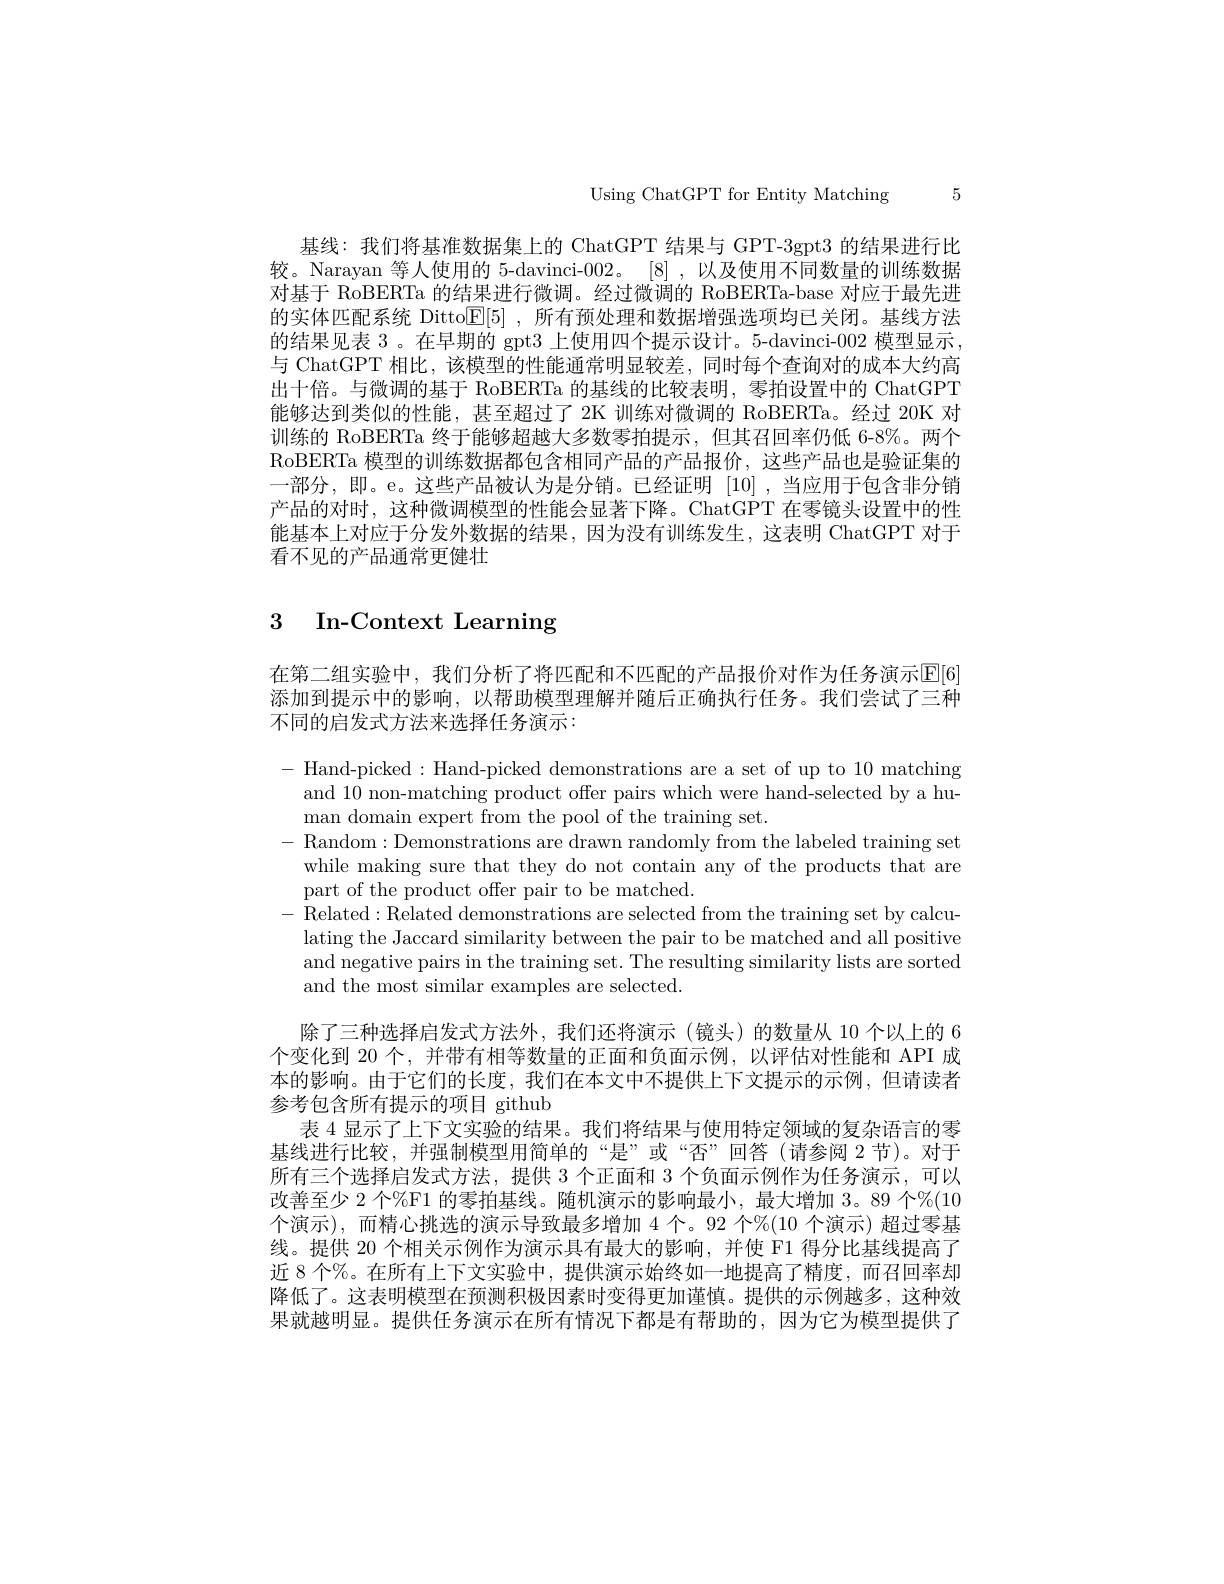
Using ChatGPT for Entity Matching 5

基线：我们将基准数据集上的 ChatGPT 结果与 GPT-3gpt3 的结果进行比较。Narayan 等人使用的 5-davinci-002。[8] ,以及使用不同数量的训练数据对基于 RoBERTa 的结果进行微调。经过微调的 RoBERTa-base 对应于最先进的实体匹配系统 Ditto$\mathbb{E}[5]$,所有预处理和数据增强选项均已关闭。基线方法的结果见表 3 。在早期的 gpt3 上使用四个提示设计。5-davinci-002 模型显示与 ChatGPT 相比，该模型的性能通常明显较差，同时每个查询对的成本大约高出十倍。与微调的基于 RoBERTa 的基线的比较表明，零拍设置中的 ChatGPT 能够达到类似的性能，甚至超过了 2K 训练对微调的 RoBERTa。经过 20K 对训练的 RoBERTa 终于能够超越大多数零拍提示，但其召回率仍低 6-8%。两个RoBERTa 模型的训练数据都包含相同产品的产品报价，这些产品也是验证集的一部分，即。e。这些产品被认为是分销。已经证明[10],当应用于包含非分销产品的对时，这种微调模型的性能会显著下降。ChatGPT 在零镜头设置中的性能基本上对应于分发外数据的结果，因为没有训练发生，这表明 ChatGPT 对于看不见的产品通常更健壮

# 3 In-Context Learning

在第二组实验中，我们分析了将匹配和不匹配的产品报价对作为任务演示[F]6] 添加到提示中的影响，以帮助模型理解并随后正确执行任务。我们尝试了三种不同的启发式方法来选择任务演示：

-Hand-picked:Hand-picked demonstrations are a set of up to 10 matching
and 10 non-matching product offer pairs which were hand-selected by a hu-
man domain expert from the pool of the training set.
- Random:Demonstrations are drawn randomly from the labeled training set
while making sure that they do not contain any of the products that are
part of the product offer pair to be matched.
- Related:Related demonstrations are selected from the training set by calcu-
lating the Jaccard similarity between the pair to be matched and all positive and negative pairs in the training set. The resulting similarity lists are sorted and the most similar examples are selected.
除了三种选择启发式方法外，我们还将演示(镜头)的数量从 10 个以上的 6个变化到 20 个，并带有相等数量的正面和负面示例，以评估对性能和 API 成本的影响。由于它们的长度，我们在本文中不提供上下文提示的示例，但请读者参考包含所有提示的项目 github
表 4 显示了上下文实验的结果。我们将结果与使用特定领域的复杂语言的零基线进行比较，并强制模型用简单的“是”或“否”回答(请参阅 2 节)。对于所有三个选择启发式方法，提供 3 个正面和 3 个负面示例作为任务演示，可以改善至少 2 个%F1 的零拍基线。随机演示的影响最小，最大增加 3。89 个%(10个演示),而精心挑选的演示导致最多增加 4 个。92 个%(10 个演示) 超过零基线。提供 20 个相关示例作为演示具有最大的影响，并使 F1 得分比基线提高了近 8 个%。在所有上下文实验中，提供演示始终如一地提高了精度，而召回率却降低了。这表明模型在预测积极因素时变得更加谨慎。提供的示例越多，这种效果就越明显。提供任务演示在所有情况下都是有帮助的，因为它为模型提供了